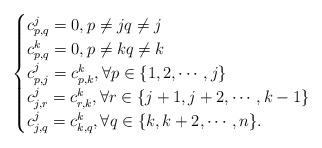
LaTeX: \begin{align*}\begin{cases}c_{p,q}^j=0, p\neq j q\neq j\\c_{p,q}^k=0, p\neq k q\neq k\\c_{p,j}^j=c_{p,k}^k, \forall p\in \{1,2,\cdots, j\}\\c_{j,r}^j=c_{r,k}^k, \forall r\in \{ j+1,j+2,\cdots, k-1\}\\c_{j,q}^j=c_{k,q}^k, \forall q\in \{k,k+2,\cdots, n\}.\end{cases}\end{align*}